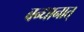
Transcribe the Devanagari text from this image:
बन्धानात्